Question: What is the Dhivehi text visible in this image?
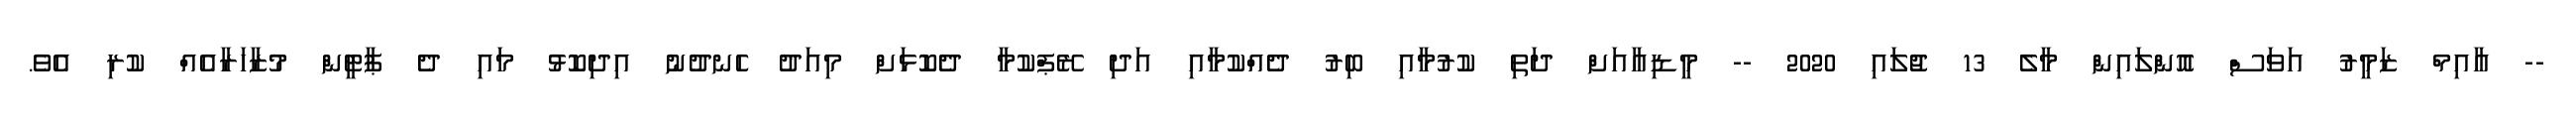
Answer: -- އާއިމް ޒަމީރު އަވަސް އޮންލައިން މާލެ 13 ޖުލައި 2020 -- މީޑިއާއަށް ދަތި ކުރުމާއި ބިރު ދެއްކުމާއި އަދި ރޭޕްކުމާ ދެކޮޅަށް މިއަދު ހެނދުނު އިދިކޮޅު މައި ދެ ޕާޓީން މުޒާހަރާއެއް ކުރި އެވެ.